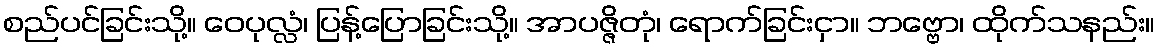
စည်ပင်ခြင်းသို့။ ဝေပုလ္လံ၊ ပြန့်ပြောခြင်းသို့။ အာပဇ္ဇိတုံ၊ ရောက်ခြင်းငှာ။ ဘဗ္ဗော၊ ထိုက်သနည်း။